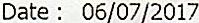
DATE : 06/07/2017